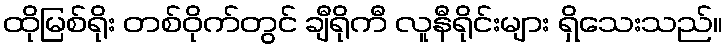
ထိုမြစ်ရိုး တစ်ဝိုက်တွင် ချီရိုကီ လူနီရိုင်းများ ရှိသေးသည်။